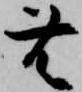
無